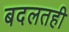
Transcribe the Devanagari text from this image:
बदलतही